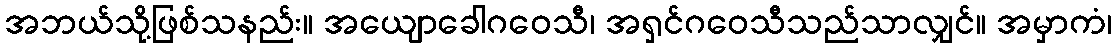
အဘယ်သို့ဖြစ်သနည်း။ အယျောခေါဂဝေသီ၊ အရှင်ဂဝေသီသည်သာလျှင်။ အမှာကံ၊